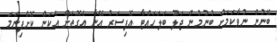
ބޭނުން ނުވާކަމަށް ބުނުމުން ޖަލު ބަލަހައްޓާ އޮފިސަރު އޭނާ އެގޮތަށް އެކަން ކޮށްފިނަމަ